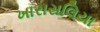
ખારાસલિયા